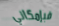
فبإمكاني